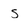
Character: s